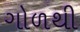
ગોળથી